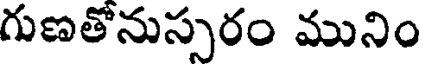
గుణతోనుస్సరం మునిం